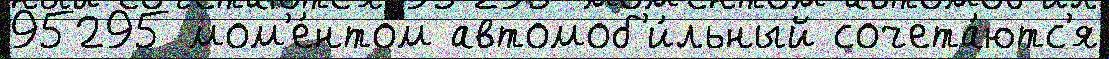
95295 мом'е́нтом автомоб'и́льный сочета́ютс'я